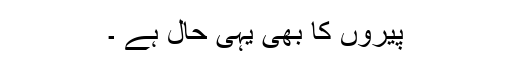
پیروں کا بھی یہی حال ہے ۔